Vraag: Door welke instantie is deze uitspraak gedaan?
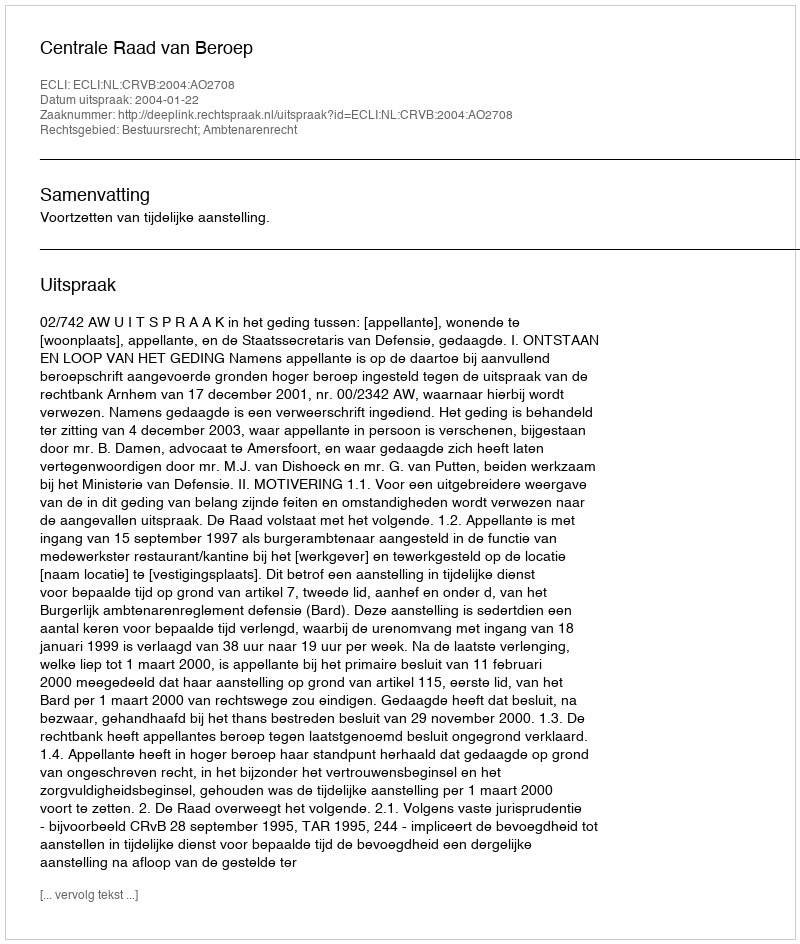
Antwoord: Centrale Raad van Beroep